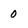
Character: 0